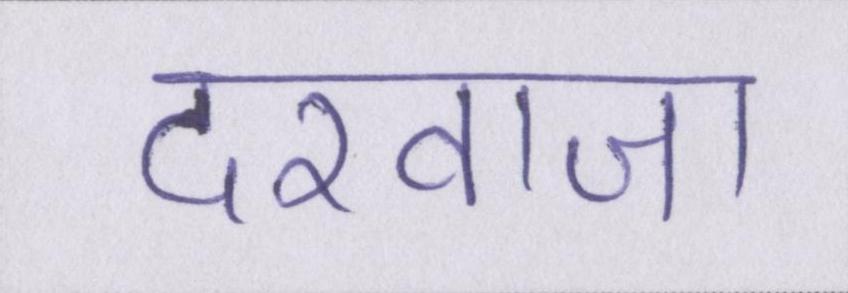
दरवाजा